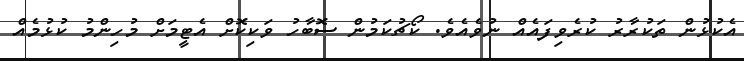
އެކުޅުން ތަކުރާރު ކުރެވިފައެއް ނުވެއެވެ. ކޯޗުކަމުން ސޮބާހު ވަކިކޮށް އެޓީމަށް މުހިންމު ކުޅުމެއް